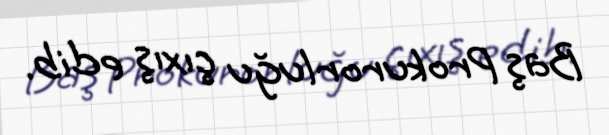
Baş Prokurorluğu çıxış edib.